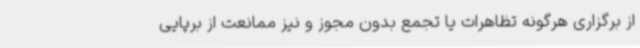
از برگزاری هرگونه تظاهرات یا تجمع بدون مجوز و نیز ممانعت از برپایی